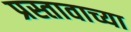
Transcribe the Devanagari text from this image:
प्रस्तावाच्या